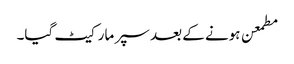
مطمعن ہونے کے بعد سپر مارکیٹ گیا۔